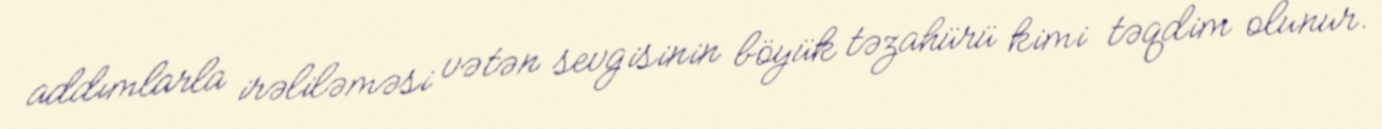
addımlarla irəliləməsi vətən sevgisinin böyük təzahürü kimi təqdim olunur.